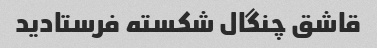
قاشق چنگال شکسته فرستادید